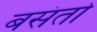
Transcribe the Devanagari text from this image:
बसंतो